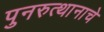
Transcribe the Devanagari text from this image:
पुनरुत्थानाचे